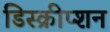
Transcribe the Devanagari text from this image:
डिस्क्रीप्शन